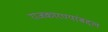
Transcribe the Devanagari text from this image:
राजकारण्यांबद्दल